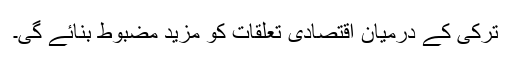
ترکی کے درمیان اقتصادی تعلقات کو مزید مضبوط بنائے گی۔